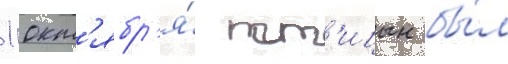
1 окт'ябр'я́ пт'ицын бы́л